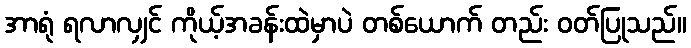
အာရုံ ရလာလျှင် ကိုယ့်အခန်းထဲမှာပဲ တစ်ယောက် တည်း ဝတ်ပြုသည်။